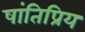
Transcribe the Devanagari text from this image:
षांतिप्रिय